Medical and sanitary report of the native army of Madras for the year
Year: 1877
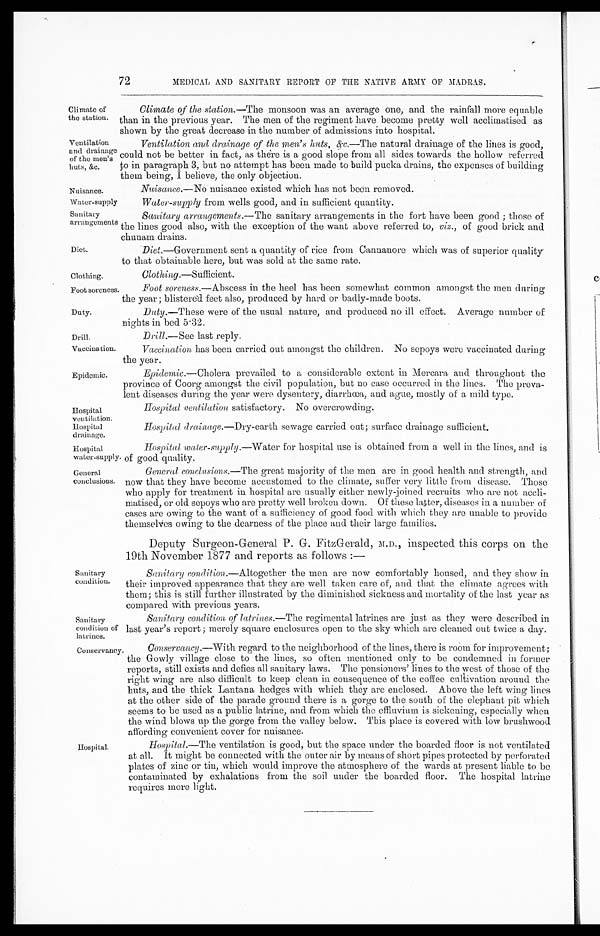
Water-supply
Sanitary
arrangements
Diet.
Foot soreness.
Duty.
Drill:
Vaccination.
Epidemic.
Hospital
ventilation.
Hospital
drainage.
72
MEDICAL, AND SANITARY REPORT OF THE NATIVE ARMY OF MADRAS.
Climate of
the station.
Ventilation
and drainage
of the men's
huts, &c.
Climate of the station.— The monsoon was an average one, and the rainfall more equable
than in the previous year. The men of the regiment have become pretty well acclimatised as
shown by the great decrease in the number of admissions into hospital.
Ventilation and drainage of the men's huts, &c. —The natural drainage of the lines is good,
could not be better in fact, as there is a good slope from all sides towards the hollow referred
to in paragraph 3, but no attempt has been made to build pucka drains, the expenses of building
them being, I believe, the only objection.
Nuisance.
Nuisance.— No nuisance existed which has not been removed.
Water-supply from wells good, and in sufficient quantity.
Sanitary arrangements.— The sanitary arrangements in the fort have been good ; those of
the lines good also, with the exception of the want above referred to, viz., of good brick and
chunam drains.
Diet .—Government sent a quantity of rice from Cannanore which was of superior quality
to that obtainable here, but was sold at the same rate.
Clothing.
Clothing.—Sufficient.
Foot soreness .—Abscess in the heel has been somewhat common amongst the men during
the year ; blistered feet also, produced by hard or badly-made boots.
Duty .—These were of the usual nature, and produced no ill effect. Average number of
nights in bed 5.32.
Drill .—See last reply.
Vaccination has been carried out amongst the children. No sepoys were vaccinated during
the year.
Epidemic .—Cholera prevailed to a considerable extent in Mercara and throughout the
province of Coorg amongst the civil population, but no case occurred in the lines. The preva
-lent diseases during the year were dysentery, diarrhœa, and ague, mostly of a mild type.
Hospital
ventilation satisfactory. No overcrowding.
Hospital drainage.
—Dry-earth sewage carried out; surface drainage sufficient.
Hospital
water-supply.
General
conclusions.
Sanitary
condition.
Sanitary
condition of
latrines.
Hospital water-supply.—Water for hospital use is obtained from a well in the lines, and is
of good quality.
General conclusions.— The great majority of the men are in good health and strength, and
now that they have become accustomed to the climate, suffer very little from disease. Those
who apply for treatment in hospital are usually either newly-joined recruits who are not accli
-matised, or old sepoys who are pretty well broken down. Of these latter, diseases in a number of
cases are owing to the want of a sufficiency of good food with which they are unable to provide
themselves owing to the dearness of the place and their large families.
Deputy Surgeon-General P. G. FitzGerald, M.D., inspected this corps on the
19th November 1877 and reports as follows :—
Sanitary
condition.— Altogether the men are now comfortably housed, and they show in
their improved appearance that they are well taken care of, and that the climate agrees with
them; this is still further illustrated by the diminished sickness and mortality of the last year as
compared with previous years.
Sanitary condition of latrines.— The regimental latrines are just as they were described in
last year's report ; merely square enclosures open to the sky which are cleaned out twice a day.
Conservancy.
Hospital.
Conservancy.—With regard to the neighborhood of the lines, there is room for improvement ;
the Gowly village close to the lines, so often mentioned only to be condemned in former
reports, still exists and defies all sanitary laws. The pensioners' lines to the west of those of the
right wing are also difficult to keep clean in consequence of the coffee cultivation around the
huts, and the thick Lantana hedges with which they are enclosed. Above the left wing lines
at the other side of the parade ground there is a gorge to the south of the elephant pit which
seems to be used as a public latrine, and from which the effluvium is sickening, especially when
the wind blows up the gorge from the valley below. This place is covered with low brushwood
affording convenient cover for nuisance.
Hospital.—The ventilation is good, but the space under the boarded floor is not ventilated
at all. It might be connected with the outer air by means of short pipes protected by perforated
plates of zinc or tin, which would improve the atmosphere of the wards at present liable to be
contaminated by exhalations from the soil under the boarded floor. The hospital latrine
requires more light.